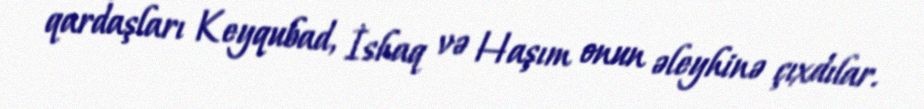
qardaşları Keyqubad, İshaq və Haşım onun əleyhinə çıxdılar.